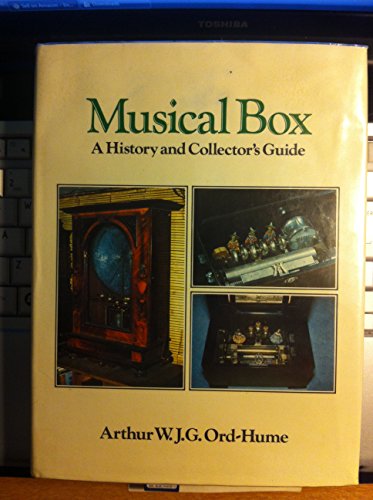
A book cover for Musical Box: A History and Collector's Guide; Arthur W. J. G. Ord-Hume; Crafts, Hobbies & Home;